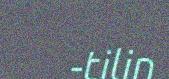
-tilin